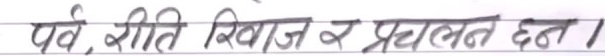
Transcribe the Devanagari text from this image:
पर्व, रीति रिवाज र प्रचलन छन ।